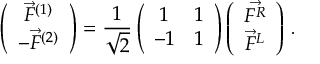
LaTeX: \left( \begin{array} { c } { { \vec { F } ^ { ( 1 ) } } } \\ { { - \vec { F } ^ { ( 2 ) } } } \end{array} \right) = \frac { 1 } { \sqrt { 2 } } \left( \begin{array} { c c } { { 1 } } & { { 1 } } \\ { { - 1 } } & { { 1 } } \end{array} \right) \left( \begin{array} { c } { { \vec { F ^ { R } } } } \\ { { \vec { F } ^ { L } } } \end{array} \right) \, .